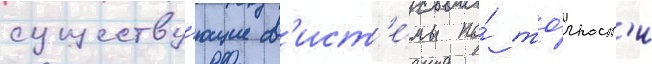
существу́ющие с'ист'е́мы по́ то́чност'и